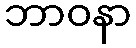
ဘာဝနာ